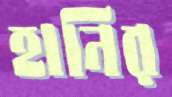
হানির